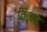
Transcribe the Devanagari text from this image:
किचड़